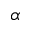
\alpha